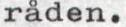
råden.